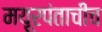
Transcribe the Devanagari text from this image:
मयूरपंताचीच